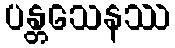
ပန္တသေနဿ